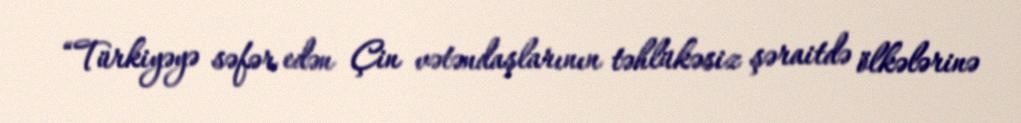
“Türkiyəyə səfər edən Çin vətəndaşlarının təhlükəsiz şəraitdə ölkələrinə